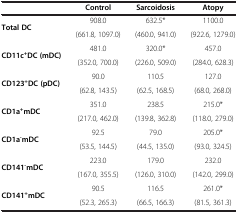
|  | Control | Sarcoidosis | Atopy |
 | --- | --- | --- | --- |
 | <ROWSPAN=2> Total DC | 908.0 | 632.5* | 1100.0 |
 | (661.8, 1097.0) | (460.0, 941.0) | (922.6, 1279.0) |
 | <ROWSPAN=2> CD11c+DC (mDC) | 481.0 | 320.0* | 457.0 |
 | (352.0, 700.0) | (226.0, 509.0) | (284.0, 628.3) |
 | <ROWSPAN=2> CD123+DC (pDC) | 90.0 | 110.5 | 127.0 |
 | (62.8, 143.5) | (62.5, 168.5) | (68.0, 268.0) |
 | <ROWSPAN=2> CD1a+mDC | 351.0 | 238.5 | 215.0* |
 | (217.0, 462.0) | (139.8, 362.8) | (118.0, 279.0) |
 | <ROWSPAN=2> CD1a-mDC | 92.5 | 79.0 | 205.0* |
 | (53.5, 144.5) | (44.5, 135.0) | (93.0, 324.5) |
 | <ROWSPAN=2> CD141-mDC | 223.0 | 179.0 | 232.0 |
 | (167.0, 355.5) | (126.0, 310.0) | (142.0, 299.0) |
 | CD141+mDC | 90.5 | 116.5 | 261.0* |
 |  | (52.3, 265.3) | (66.5, 166.3) | (81.5, 361.3) |